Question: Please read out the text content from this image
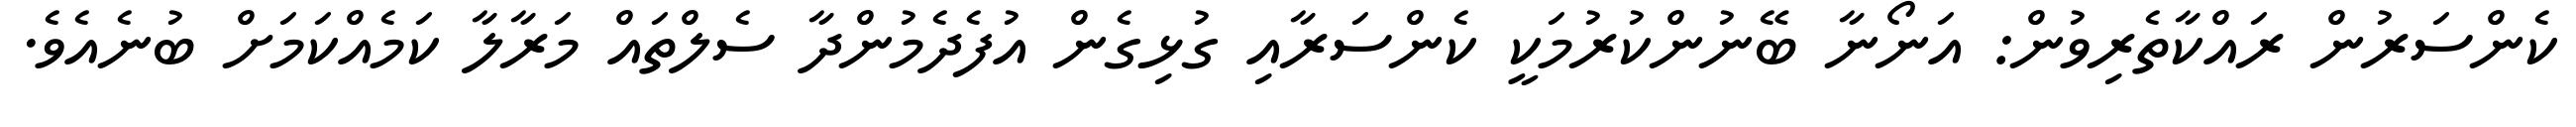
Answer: ކެންސަރުން ރައްކާތެރިވުން: އަނޯނާ ބޭނުންކުރުމަކީ ކެންސަރާއި ގުޅިގެން އުފެދެމުންދާ ސެލްތައް މަރާލާ ކަމެއްކަމަށް ބުނެއެވެ.